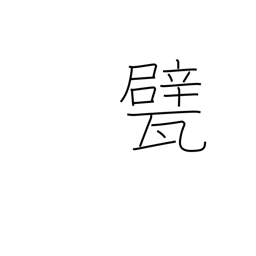
Meaning: floor tiles